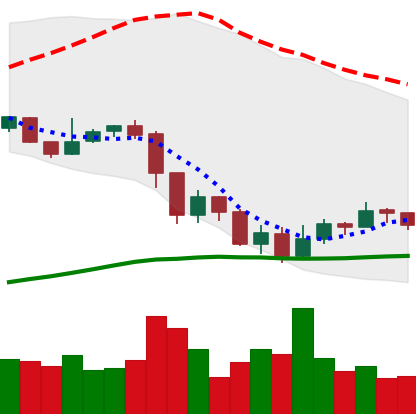
Ticker: XRP-USD
Chart end date: 2019-07-22
Forward return: -3.595%
Label: down_3_5